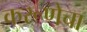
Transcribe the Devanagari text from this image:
करूणेचा